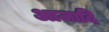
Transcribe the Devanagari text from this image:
आजादि